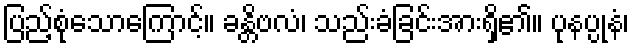
ပြည့်စုံသောကြောင့်။ ခန္တိဗလံ၊ သည်းခံခြင်းအားရှိ၏။ ပုနပ္ပုနံ၊